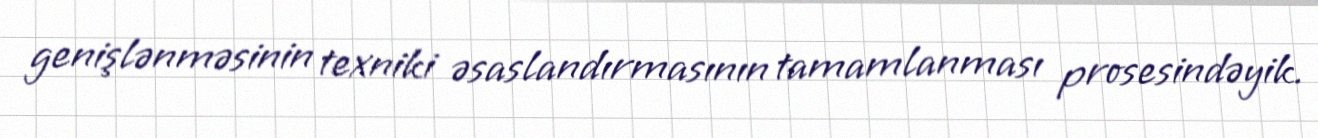
genişlənməsinin texniki əsaslandırmasının tamamlanması prosesindəyik.